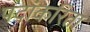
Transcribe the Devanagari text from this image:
पदांकरिता